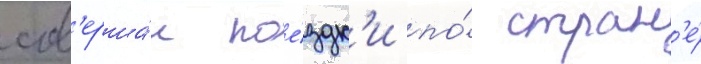
сов'ерша́л пое́здк'и по́ стран'е́